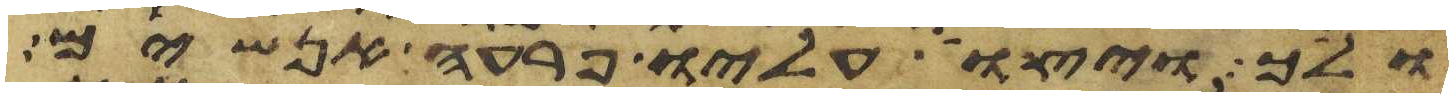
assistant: ולך ויצו עליו פרעה אנשים